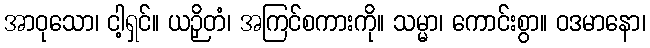
အာဝုသော၊ ငါ့ရှင်။ ယဉှိတံ၊ အကြင်စကားကို။ သမ္မာ၊ ကောင်းစွာ။ ဝဒမာနော၊